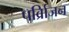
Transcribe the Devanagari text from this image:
पर्व्रािजन